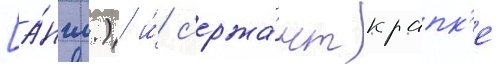
[а́нгл.) и́ с'ержа́нт крапк'е